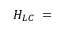
H _ { L C } \; = \;